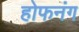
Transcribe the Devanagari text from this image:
होफनंग